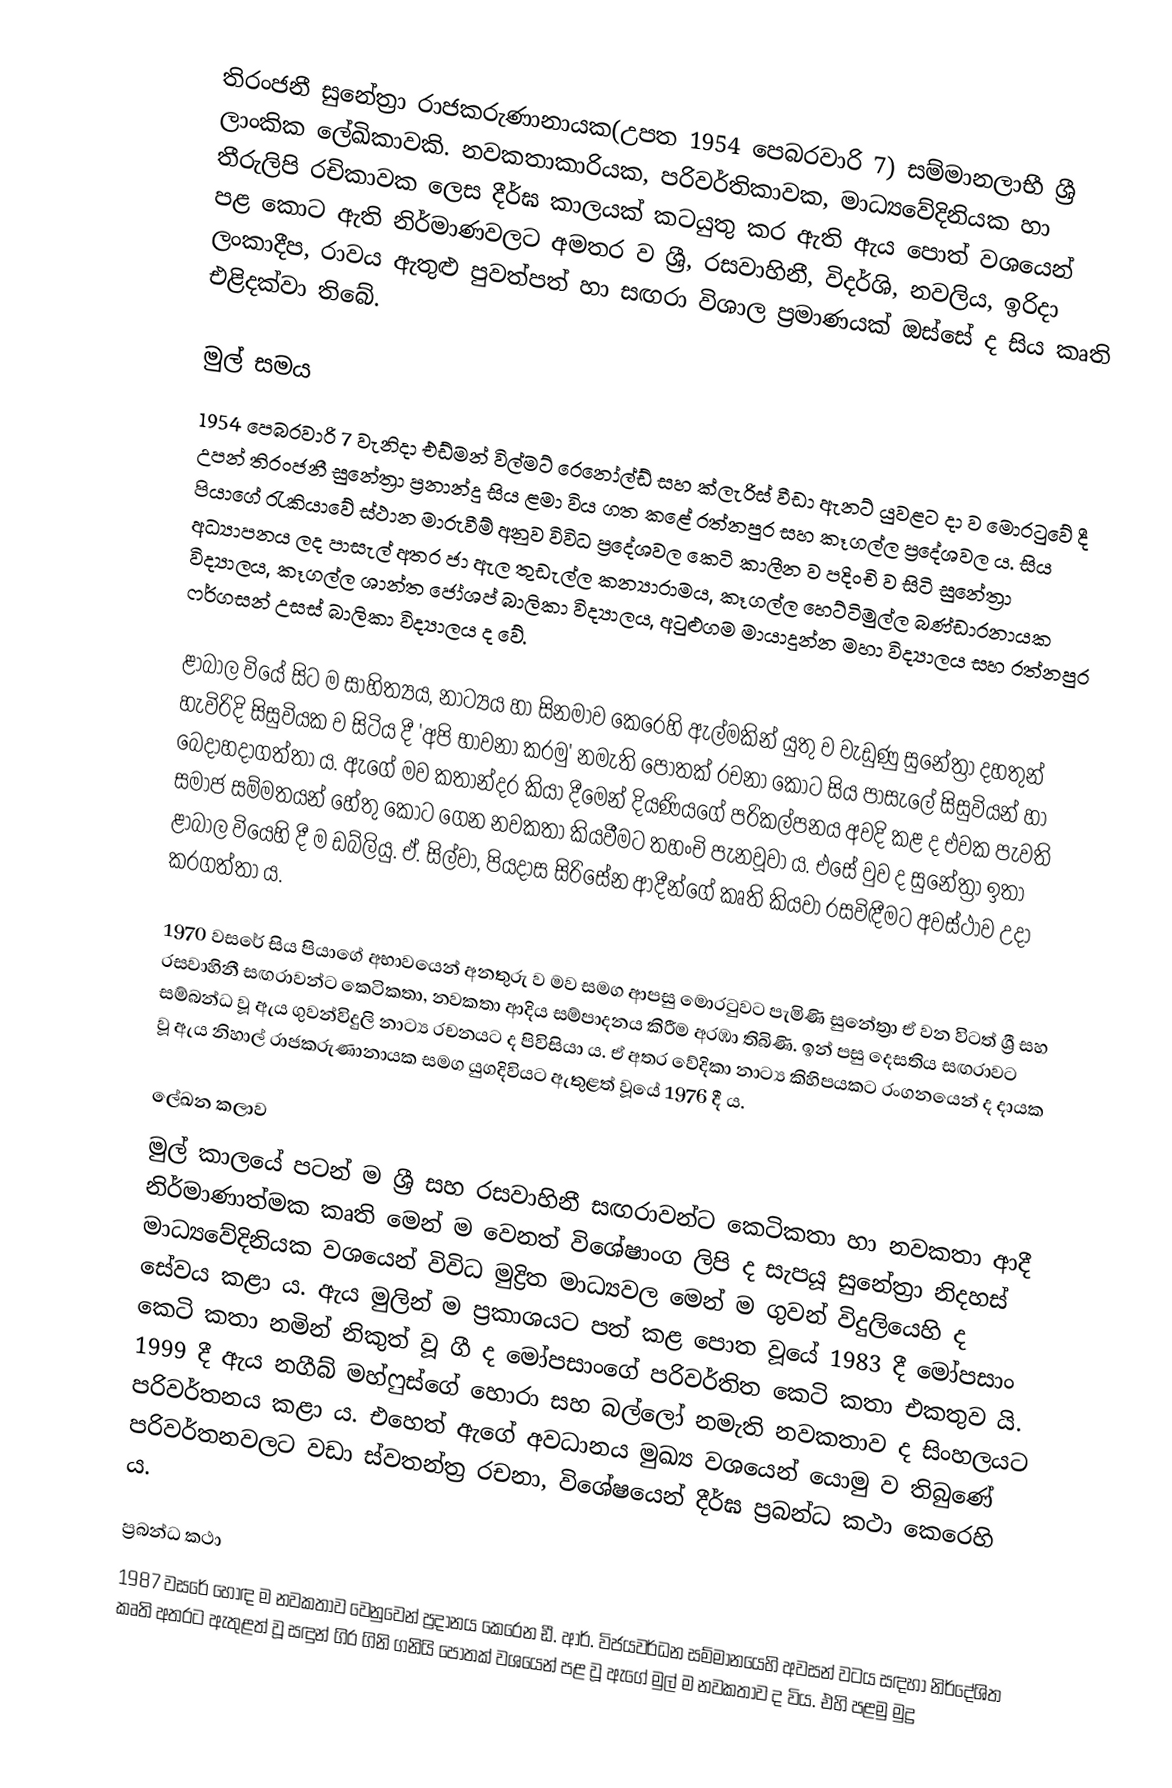
තිරංජනී සුනේත්‍රා රාජකරුණානායක(උපත 1954 පෙබරවාරි 7) සම්මානලාභී ශ්‍රී ලාංකික ලේඛිකාවකි. නවකතාකාරියක, පරිවර්තිකාවක, මාධ්‍යවේදිනියක හා තීරුලිපි රචිකාවක ලෙස දීර්ඝ කාලයක් කටයුතු කර ඇති ඇය පොත් වශයෙන් පළ කොට ඇති නිර්මාණවලට අමතර ව  ශ්‍රී, රසවාහිනී, විදර්ශි, නවලිය, ඉරිදා ලංකාදීප, රාවය ඇතුළු පුවත්පත් හා සඟරා විශාල ප්‍රමාණයක් ඔස්සේ ද සිය කෘති එළිදක්වා තිබේ.

මුල් සමය
1954 පෙබරවාරි 7 වැනිදා එඩ්මන් විල්මට් රෙනෝල්ඩ් සහ ක්ලැරිස් වීඩා ඇනට් යුවළට දා ව මොරටුවේ දී උපන් තිරංජනී සුනේත්‍රා ප්‍රනාන්දු සිය ළමා විය ගත කළේ රත්නපුර සහ කෑගල්ල ප්‍රදේශවල ය. සිය පියාගේ රැකියාවේ ස්ථාන මාරුවීම් අනුව විවිධ ප්‍රදේශවල කෙටි කාලීන ව පදිංචි ව සිටි සුනේත්‍රා අධ්‍යාපනය ලද පාසැල් අතර ජා ඇල තුඩැල්ල කන්‍යාරාමය, කෑගල්ල හෙට්ටිමුල්ල බණ්ඩාරනායක විද්‍යාලය, කෑගල්ල ශාන්ත ජෝශප් බාලිකා විද්‍යාලය, අටුළුගම මායාදුන්න මහා විද්‍යාලය සහ රත්නපුර ෆර්ගසන් උසස් බාලිකා විද්‍යාලය ද වේ.

ළාබාල වියේ සිට ම සාහිත්‍යය, නාට්‍යය හා සිනමාව කෙරෙහි ඇල්මකින් යුතු ව වැඩුණු සුනේත්‍රා දහතුන් හැවිරිදි සිසුවියක ව සිටිය දී 'අපි භාවනා කරමු' නමැති පොතක් රචනා කොට සිය පාසැලේ සිසුවියන් හා බෙදාහදාගත්තා ය. ඇගේ මව කතාන්දර කියා දීමෙන් දියණියගේ පරිකල්පනය අවදි කළ ද එවක පැවති සමාජ සම්මතයන් හේතු කොට ගෙන නවකතා කියවීමට තහංචි පැනවූවා ය. එසේ වුව ද සුනේත්‍රා ඉතා ළාබාල වියෙහි දී ම ඩබ්ලියු. ඒ. සිල්වා, පියදාස සිරිසේන ආදීන්ගේ කෘති කියවා රසවිඳීමට අවස්ථාව උදා කරගත්තා ය.

1970 වසරේ සිය පියාගේ අභාවයෙන් අනතුරු ව මව සමග ආපසු මොරටුවට පැමිණි සුනේත්‍රා ඒ වන විටත් ශ්‍රී සහ රසවාහිනී සඟරාවන්ට කෙටිකතා, නවකතා ආදිය සම්පාදනය කිරීම අරඹා තිබිණි. ඉන් පසු දෙසතිය සඟරාවට සම්බන්ධ වූ ඇය ගුවන්විදුලි නාට්‍ය රචනයට ද පිවිසියා ය. ඒ අතර වේදිකා නාට්‍ය කිහිපයකට රංගනයෙන් ද දායක වූ ඇය නිහාල් රාජකරුණානායක සමග යුගදිවියට ඇතුළත් වූයේ 1976 දී ය.

ලේඛන කලාව
මුල් කාලයේ පටන් ම ශ්‍රී සහ රසවාහිනී සඟරාවන්ට කෙටිකතා හා නවකතා ආදී නිර්මාණාත්මක කෘති මෙන් ම වෙනත් විශේෂාංග ලිපි ද සැපයූ සුනේත්‍රා නිදහස් මාධ්‍යවේදිනියක වශයෙන් විවිධ මුද්‍රිත මාධ්‍යවල මෙන් ම ගුවන් විදුලියෙහි ද සේවය කළා ය. ඇය මුලින් ම ප්‍රකාශයට පත් කළ පොත වූයේ 1983 දී මෝපසාං කෙටි කතා නමින් නිකුත් වූ ගී ද මෝපසාංගේ පරිවර්තිත කෙටි කතා එකතුව යි. 1999 දී ඇය නගීබ් මහ්ෆුස්ගේ හොරා සහ බල්ලෝ නමැති නවකතාව ද සිංහලයට පරිවර්තනය කළා ය. එහෙත් ඇගේ අවධානය මුඛ්‍ය වශයෙන් යොමු ව තිබුණේ පරිවර්තනවලට වඩා ස්වතන්ත්‍ර රචනා, විශේෂයෙන් දීර්ඝ ප්‍රබන්ධ කථා කෙරෙහි ය.

ප්‍රබන්ධ කථා
1987 වසරේ හොඳ ම නවකතාව වෙනුවෙන් ප්‍රදානය කෙරෙන ඩී. ආර්. විජයවර්ධන සම්මානයෙහි අවසන් වටය සඳහා නිර්දේශිත කෘති අතරට ඇතුළත් වූ සඳුන් ගිර ගිනි ගනියි පොතක් වශයෙන් පළ වූ ඇගේ මුල් ම නවකතාව ද විය. එහි පළමු මුද්‍ර